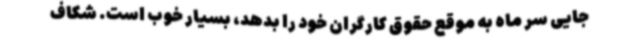
جایی سر ماه به موقع حقوق کارگران خود را بدهد، بسیار خوب است. شکاف